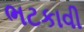
ભટકાવી